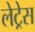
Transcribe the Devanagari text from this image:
लेट्रेस